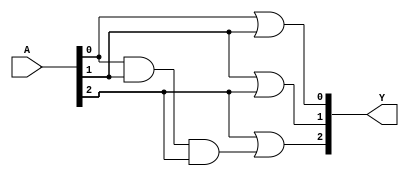
module MaskedPAL(
    input wire [3:0] A,          // 4-bit input vector (variables)
    output wire [2:0] Y          // 3-bit output vector (final outputs)
);

// Define the number of AND gates
parameter NUM_AND_GATES = 4;

// Define the programmable AND gates
wire [NUM_AND_GATES-1:0] and_outputs;

// Mask configuration for AND gates (example configuration)
wire [3:0] mask [NUM_AND_GATES-1:0];

// Example programming (masking) for AND gates
// Each mask corresponds to which inputs contribute to the AND gate
assign mask[0] = 4'b0001; // A[0]
assign mask[1] = 4'b0010; // A[1]
assign mask[2] = 4'b0100; // A[2]
assign mask[3] = 4'b0111; // A[0] & A[1] & A[2]

// AND gate implementations based on masks
genvar i;
generate
    for (i = 0; i < NUM_AND_GATES; i = i + 1) begin: AND_GATE
        assign and_outputs[i] = (mask[i][0] ? A[0] : 1'b1) &
                                 (mask[i][1] ? A[1] : 1'b1) &
                                 (mask[i][2] ? A[2] : 1'b1) &
                                 (mask[i][3] ? A[3] : 1'b1);
    end
endgenerate

// Fixed OR plane
assign Y[0] = and_outputs[0] | and_outputs[1]; // OR of AND gate outputs
assign Y[1] = and_outputs[1] | and_outputs[2]; // OR of AND gate outputs
assign Y[2] = and_outputs[2] | and_outputs[3]; // OR of AND gate outputs

endmodule